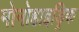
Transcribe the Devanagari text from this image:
मोनोहाइड्रिक